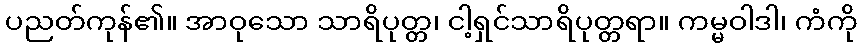
ပညတ်ကုန်၏။ အာဝုသော သာရိပုတ္တ၊ ငါ့ရှင်သာရိပုတ္တရာ။ ကမ္မဝါဒါ၊ ကံကို